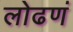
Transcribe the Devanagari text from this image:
लोढणं